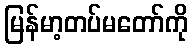
မြန်မာ့တပ်မတော်ကို